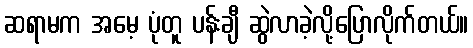
ဆရာမက အမေ့ ပုံတူ ပန်းချီ ဆွဲလာခဲ့လို့ပြောလိုက်တယ်။